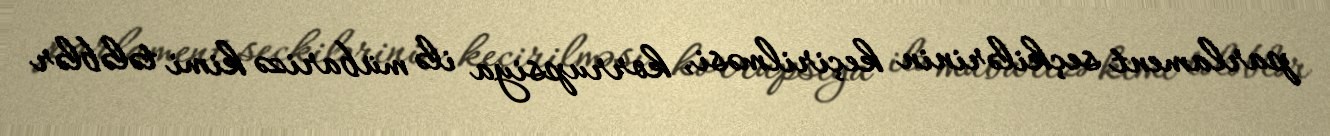
parlament seçkilərinin keçirilməsi, korrupsiya ilə mübarizə kimi tələblər